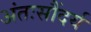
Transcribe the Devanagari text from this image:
अंतःसौंदर्य